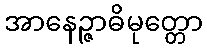
အာနေဉ္ဇာဓိမုတ္တော